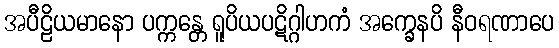
အပီဠိယမာနော ပက္ကန္တေ ရူပိယပဋိဂ္ဂါဟကံ အက္ခေနပိ နီဝရဏာပေ